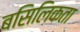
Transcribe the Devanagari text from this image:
बसिलिकता